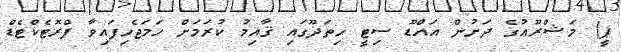
ޕީ) މަޝްރޫޢުގެ ދަށުން އައްޑޫ ސިޓީ ހިތަދޫގައި ޤާއިމު ކުރަމަށް ހަމަޖެހިފައިވާ ޕްރޮޓެކްޓެޑް